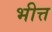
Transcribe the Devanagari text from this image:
भीत्त